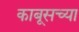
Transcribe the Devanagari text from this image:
काबूसच्या